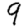
Digit: 9